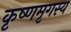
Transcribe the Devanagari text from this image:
कृष्णमृगस्य